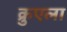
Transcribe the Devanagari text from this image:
क्रुएला